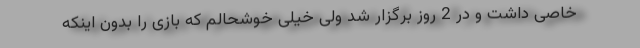
خاصی داشت و در 2 روز برگزار شد ولی خیلی خوشحالم که بازی را بدون اینکه